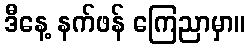
ဒီနေ့ နက်ဖန် ကြေညာမှာ။